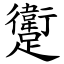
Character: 躗